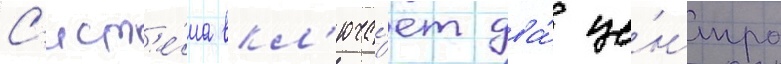
С'ист'е́ма вкл'юча́ет два́ це́нтра